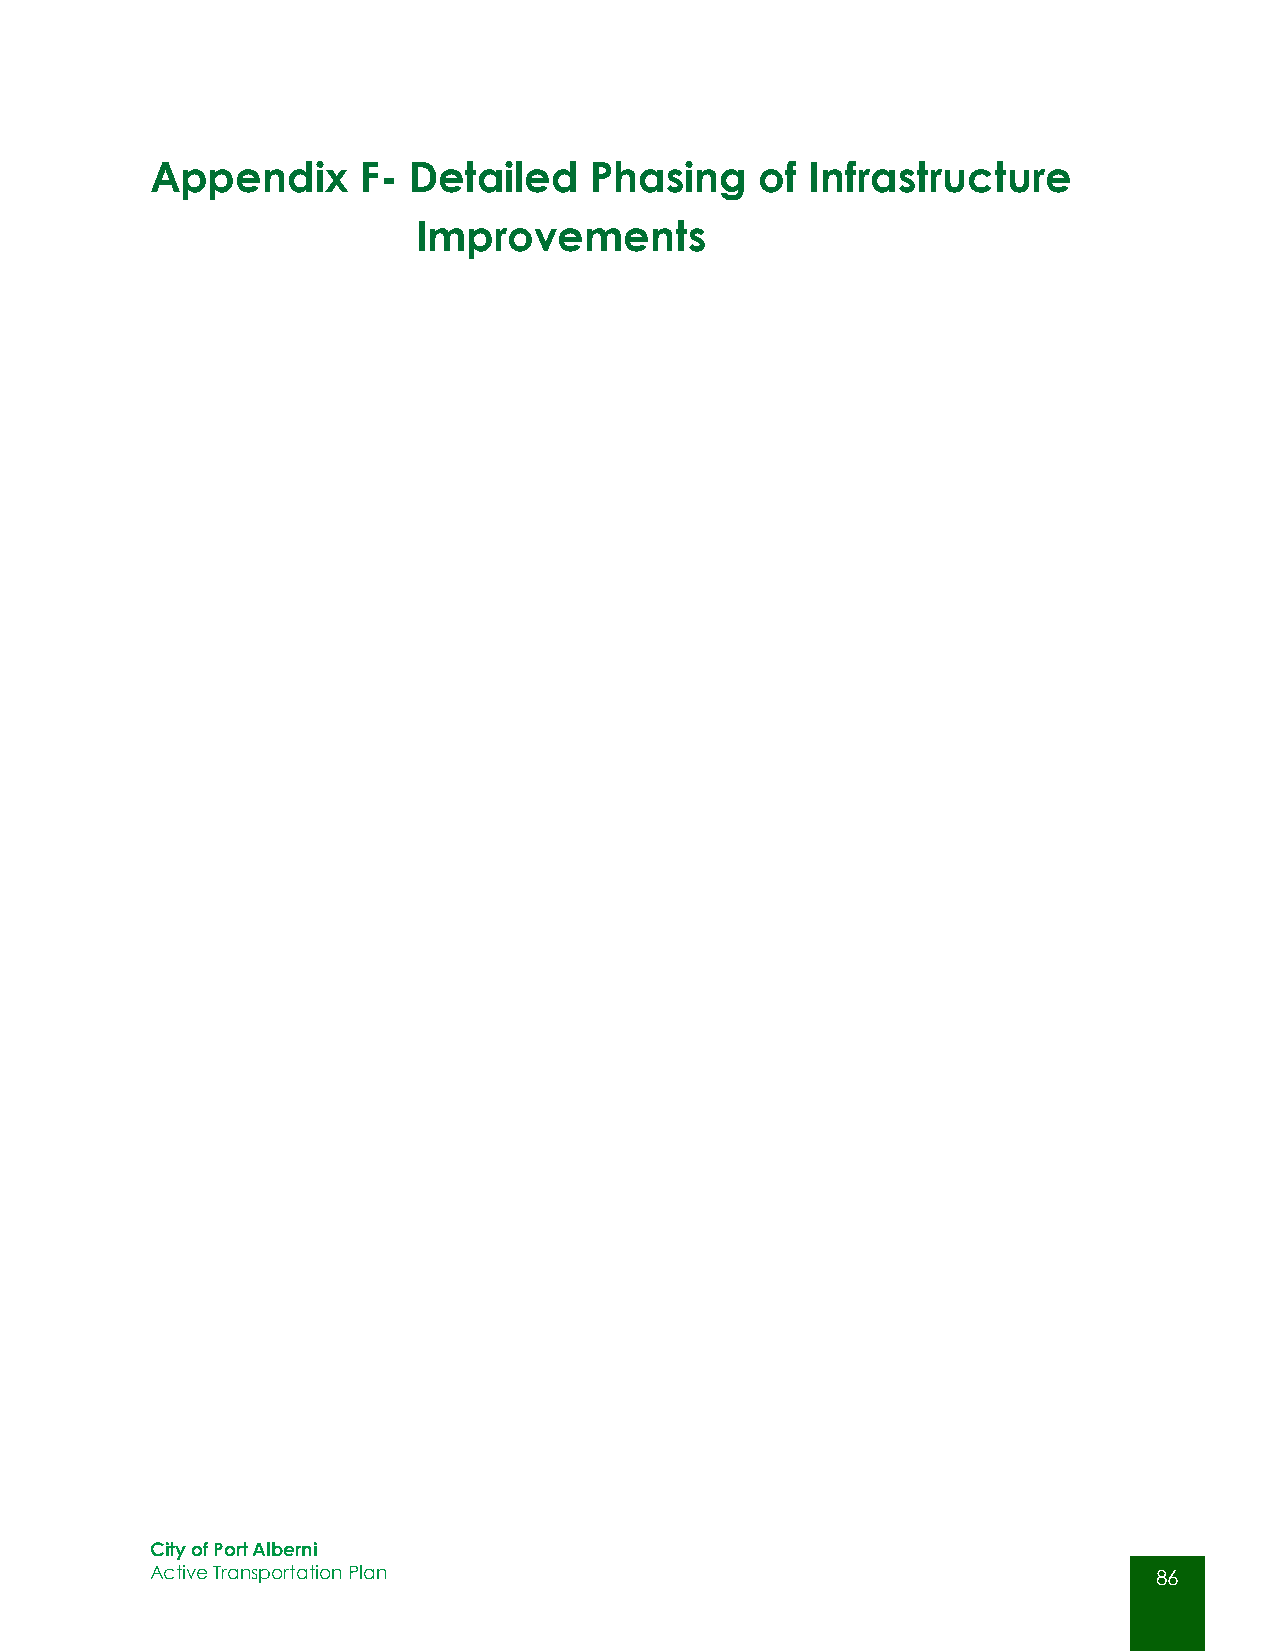
Appendix      F- Detailed    Phasing    of  Infrastructure
 Improvements
 City of Port Alberni
 Active Transportation Plan                                         86
 86